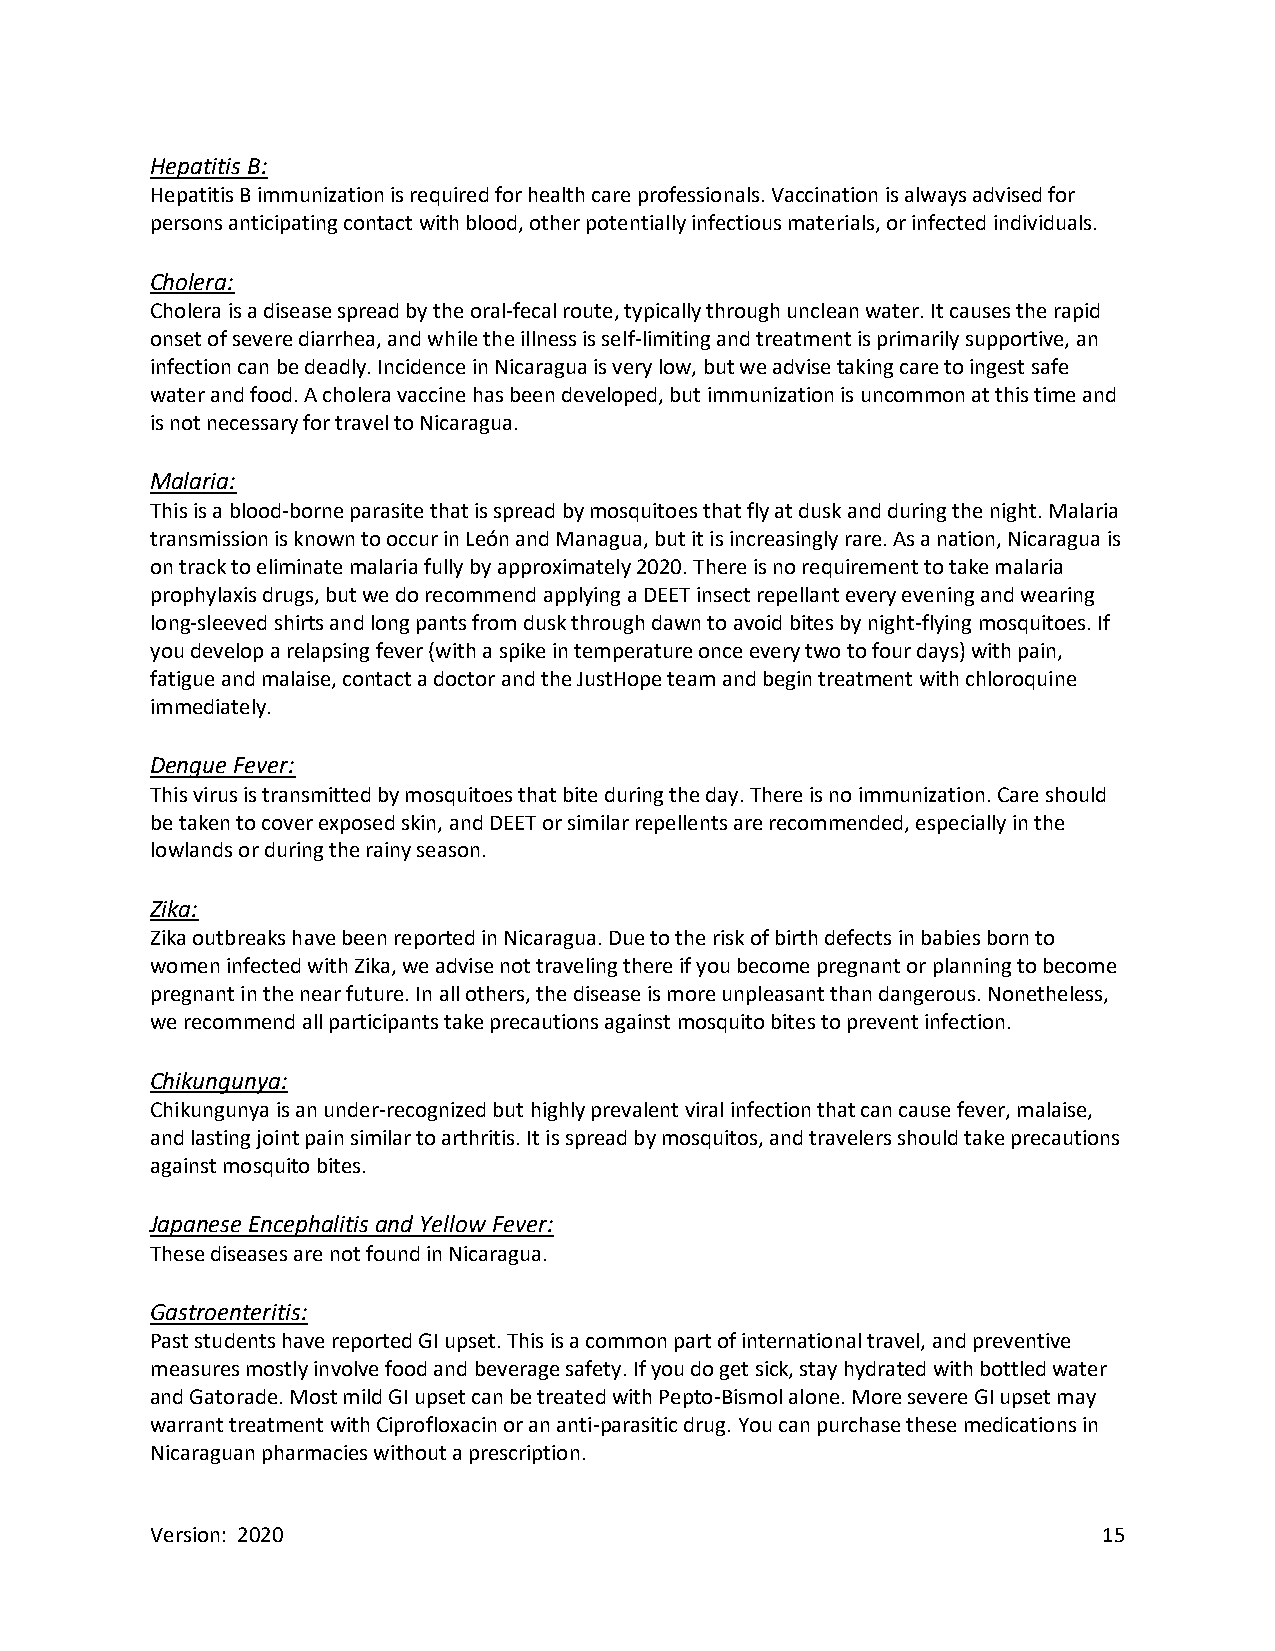
Hepatitis B:
 Hepatitis B immunization is required for health care professionals. Vaccination is always advised for
 persons anticipating contact with blood, other potentially infectious materials, or infected individuals.
 Cholera:
 Cholera is a disease spread by the oral-fecal route, typically through unclean water. It causes the rapid
 onset of severe diarrhea, and while the illness is self-limiting and treatment is primarily supportive, an
 infection can be deadly. Incidence in Nicaragua is very low, but we advise taking care to ingest safe
 water and food. A cholera vaccine has been developed, but immunization is uncommon at this time and
 is not necessary for travel to Nicaragua.
 Malaria:
 This is a blood-borne parasite that is spread by mosquitoes that fly at dusk and during the night. Malaria
 transmission is known to occur in León and Managua, but it is increasingly rare. As a nation, Nicaragua is
 on track to eliminate malaria fully by approximately 2020. There is no requirement to take malaria
 prophylaxis drugs, but we do recommend applying a DEET insect repellant every evening and wearing
 long-sleeved shirts and long pants from dusk through dawn to avoid bites by night-flying mosquitoes. If
 you develop a relapsing fever (with a spike in temperature once every two to four days) with pain,
 fatigue and malaise, contact a doctor and the JustHope team and begin treatment with chloroquine
 immediately.
 Dengue Fever:
 This virus is transmitted by mosquitoes that bite during the day. There is no immunization. Care should
 be taken to cover exposed skin, and DEET or similar repellents are recommended, especially in the
 lowlands or during the rainy season.
 Zika:
 Zika outbreaks have been reported in Nicaragua. Due to the risk of birth defects in babies born to
 women infected with Zika, we advise not traveling there if you become pregnant or planning to become
 pregnant in the near future. In all others, the disease is more unpleasant than dangerous. Nonetheless,
 we recommend all participants take precautions against mosquito bites to prevent infection.
 Chikungunya:
 Chikungunya is an under-recognized but highly prevalent viral infection that can cause fever, malaise,
 and lasting joint pain similar to arthritis. It is spread by mosquitos, and travelers should take precautions
 against mosquito bites.
 Japanese Encephalitis and Yellow Fever:
 These diseases are not found in Nicaragua.
 Gastroenteritis:
 Past students have reported GI upset. This is a common part of international travel, and preventive
 measures mostly involve food and beverage safety. If you do get sick, stay hydrated with bottled water
 and Gatorade. Most mild GI upset can be treated with Pepto-Bismol alone. More severe GI upset may
 warrant treatment with Ciprofloxacin or an anti-parasitic drug. You can purchase these medications in
 Nicaraguan pharmacies without a prescription.
 Version: 2020                                                  15